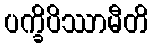
ပက္ခိပိဿာမီတိ